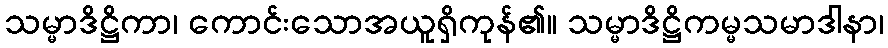
သမ္မာဒိဋ္ဌိကာ၊ ကောင်းသောအယူရှိကုန်၏။ သမ္မာဒိဋ္ဌိကမ္မသမာဒါနာ၊